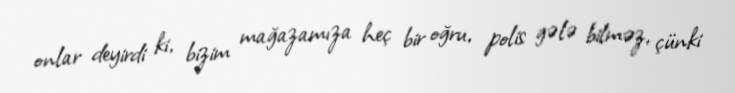
onlar deyirdi ki, bizim mağazamıza heç bir oğru, polis gələ bilməz, çünki